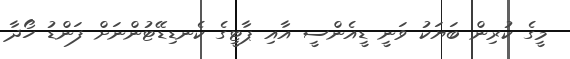
މީގެ ކުރިން ބަޔަކު ވަނީ ޑީއެންސީ އާއި ޕާޓީގެ ކެނޑިޑޭޓުންނަށް ފަންޑު ހޯދާ